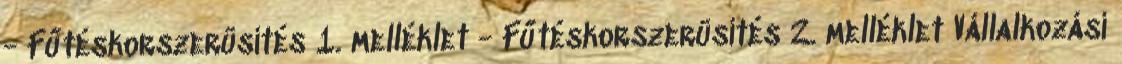
- Fűtéskorszerüsítés 1. melléklet - Fűtéskorszerüsítés 2. melléklet Vállalkozási